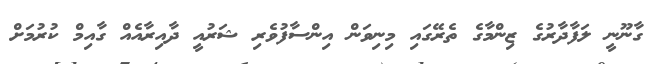
ގާނޫނީ ލަފާދާރުގެ ޒިންމާގެ ތެރޭގައި މިނިވަން އިންސާފުވެރި ޝަރުއީ ދާއިރާއެއް ގާއިމް ކުރުމަށް